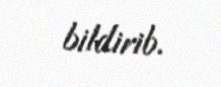
bildirib.